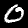
Digit: 0